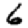
Digit: 6